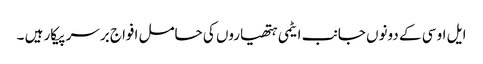
ایل او سی کے دونوں جانب ایٹمی ہتھیاروں کی حامل افواج برسر پیکار ہیں ۔